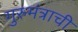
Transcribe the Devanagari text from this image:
गुरुमंत्राची